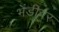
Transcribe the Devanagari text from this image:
भेंडीवर